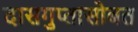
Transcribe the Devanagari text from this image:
दासगुप्तासोबत